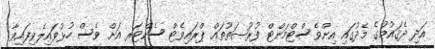
އަދި ދެޤައުމުގެ މެދުގައި އިންވެސްޓްމަންޓް ފުރުޞަތުތައް ޕްރައިވެޓް ސެކްޓަރ އަށް ވެސް ހުޅުވައިލެވިފައިވާ